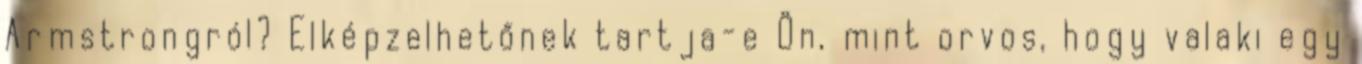
Armstrongról? Elképzelhetőnek tartja-e Ön, mint orvos, hogy valaki egy